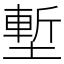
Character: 塹